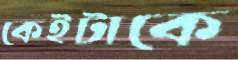
কেইটাকে